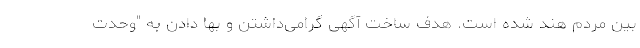
بین مردم هند شده است. هدف ساخت آگهی گرامی‌داشتن و بها دادن به "وحدت